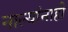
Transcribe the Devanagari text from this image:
नाल्यांनाही